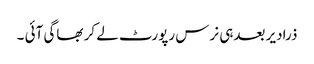
ذرادیر بعدہی نرس رپورٹ لے کر بھاگی آئی ۔